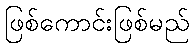
ဖြစ်ကောင်းဖြစ်မည်